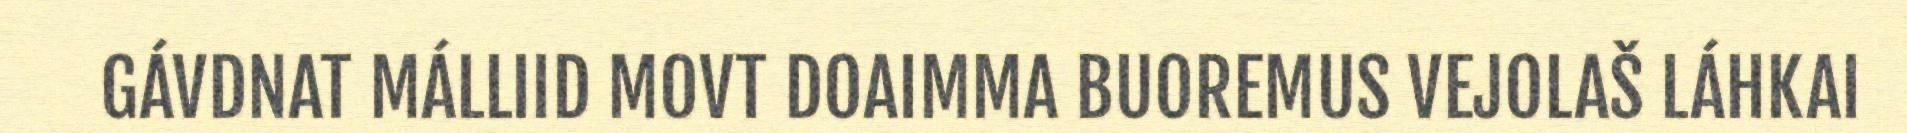
GÁVDNAT MÁLLIID MOVT DOAIMMA BUOREMUS VEJOLAŠ LÁHKAI